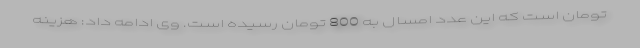
تومان است که این عدد امسال به 800 تومان رسیده است. وی ادامه داد: هزینه